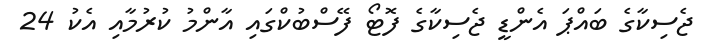
ޖެސިކާގެ ބައްޕަ އެންޑީ ޖެސިކާގެ ފޮޓޯ ފޭސްބުކްގައި އާންމު ކުރުމާއި އެކު 24